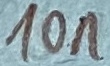
Text: 10n